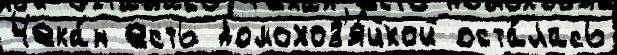
Чека́н есть домохоз'я́йкой оста́лась